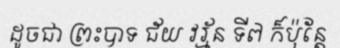
ដូចជា ព្រះបាទ ជ័យ វរ្ម័ន ទី៧ ក៏ប៉ុន្តែ